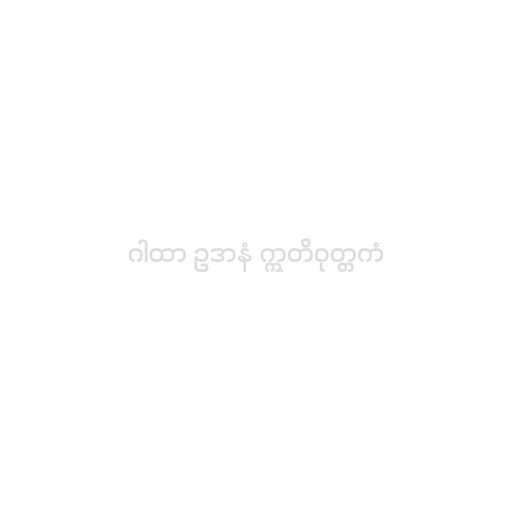
ဂါထာ ဥဒာနံ ဣတိဝုတ္တကံ